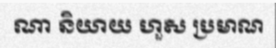
ណា និយាយ ហួស ប្រមាណ